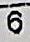
6